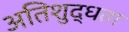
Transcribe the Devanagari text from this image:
अतिशुद्धता